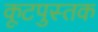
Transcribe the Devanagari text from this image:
कूटपुस्तक